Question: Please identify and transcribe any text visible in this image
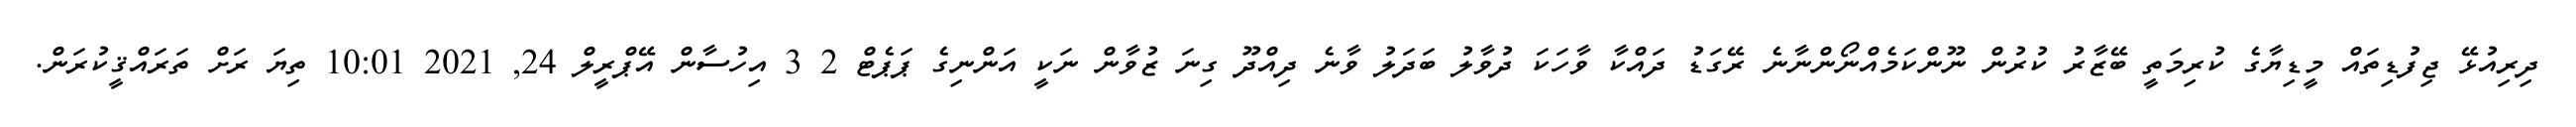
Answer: ދިރިއުޅޭ ޖިފުޑިތައް މީޑިޔާގެ ކުރިމަތީ ބޭޒާރު ކުރުން ނޫންކަމެއްނޯންނާނެ ރޭގަޑު ދައްކާ ވާހަކަ ދުވާލު ބަދަލު ވާނެ ދިއްދޫ ގިނަ ޒުވާން ނަކީ އަންނިގެ ޕަޕެޓް 2 3 އިހުސާން އޭޕްރީލް 24, 2021 10:01 ތިޔަ ރަށް ތަރައްޤީކުރަން.